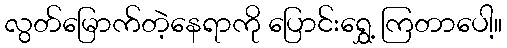
လွတ်မြောက်တဲ့နေရာကို ပြောင်းရွှေ့ ကြတာပေါ့။